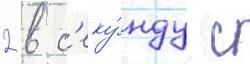
2 в с'еку́нду с